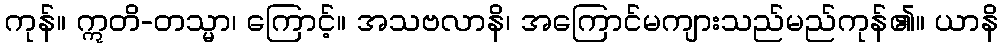
ကုန်။ ဣတိ-တသ္မာ၊ ကြောင့်။ အသဗလာနိ၊ အကြောင်မကျားသည်မည်ကုန်၏။ ယာနိ